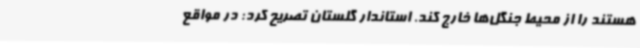
هستند را از محیط جنگل‌ها خارج کند. استاندار گلستان تصریح کرد: در مواقع